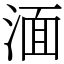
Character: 湎